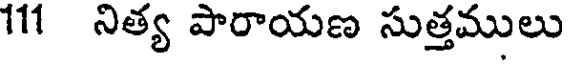
111 నిత్య పారాయణ సుత్తములు